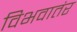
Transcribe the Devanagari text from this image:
विभवातंर